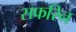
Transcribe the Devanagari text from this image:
सफरिन